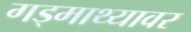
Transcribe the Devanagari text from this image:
गड्माथ्यावर